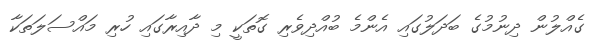
ގެއްލުން ދިނުމުގެ ބަދަލުގައި އެންމެ ބުއްދިވެރި ގޮތަކީ މި ދާއިރާގައި ހުރި މައްސަލަތަކާ